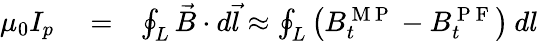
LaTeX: \begin{array}{rlr}{\mu_{0}I_{p}}&{{}=}&{\oint_{L}\vec{B}\cdot d\vec{l}\approx\oint_{L}\left(B_{t}^{\mathrm{~M~P~}}-B_{t}^{\mathrm{~P~F~}}\right)\: dl}\end{array}